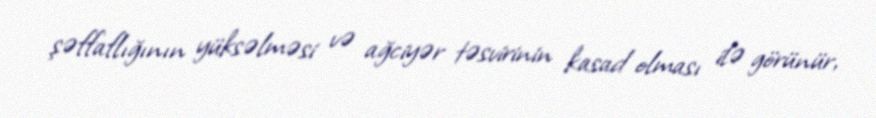
şəffaflığının yüksəlməsi və ağciyər təsvirinin kasad olması ilə görünür,